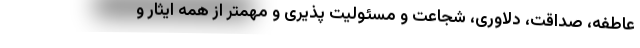
عاطفه، صداقت، دلاوری، شجاعت و مسئولیت پذیری و مهمتر از همه ایثار و